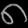
Digit: ၈